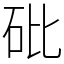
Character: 砒